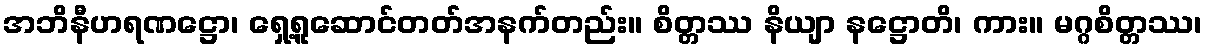
အဘိနီဟရဏဋ္ဌော၊ ရှေ့ရူဆောင်တတ်အနက်တည်း။ စိတ္တဿ နိယျာ နဋ္ဌောတိ၊ ကား။ မဂ္ဂစိတ္တဿ၊